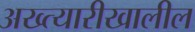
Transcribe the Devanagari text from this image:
अख्त्यारीखालील